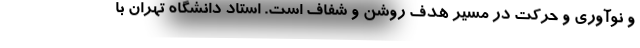
و نوآوری و حرکت در مسیر هدف روشن و شفاف است. استاد دانشگاه تهران با